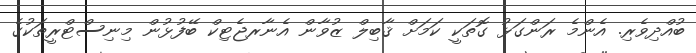
ބުއްދިވެރި. އެންމެ ރަންގަޅު ގޮތަކީ ކަމަށް ޤާބިލް ޒުވާން އެނާރޖެޓިކް ބޭފުޅުން މިނިސްޓްރީތަކުގެ